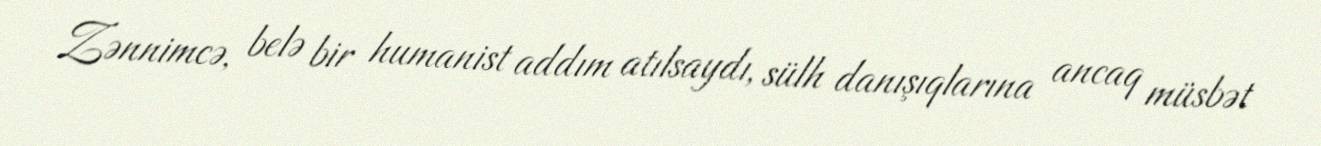
Zənnimcə, belə bir humanist addım atılsaydı, sülh danışıqlarına ancaq müsbət